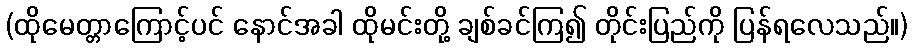
(ထိုမေတ္တာကြောင့်ပင် နောင်အခါ ထိုမင်းတို့ ချစ်ခင်ကြ၍ တိုင်းပြည်ကို ပြန်ရလေသည်။)